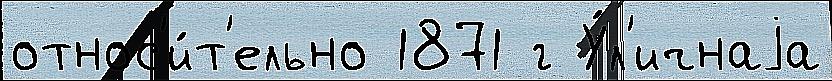
относ'и́т'ельно 1871 г У́л'ичнаjа